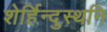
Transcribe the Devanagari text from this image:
शेर्हिन्दुस्थनि